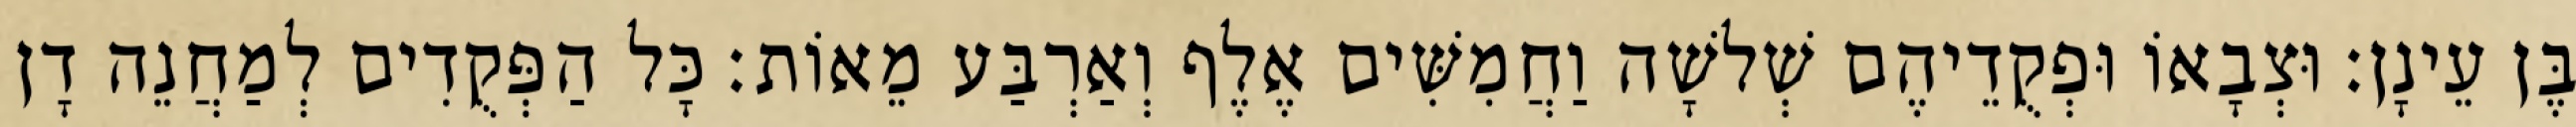
בֶּן עֵינָן׃ וּצְבָאוֹ וּפְקֻדֵיהֶם שְׁלשָׁה וַחֲמִשִּׁים אֶלֶף וְאַרְבַּע מֵאוֹת׃ כָּל הַפְּקֻדִים לְמַחֲנֵה דָן